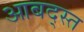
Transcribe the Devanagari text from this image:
आबद्स्त